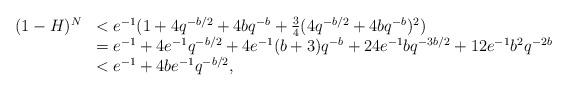
LaTeX: \begin{align*}\begin{array}{rl}(1-H)^N &< e^{-1}(1+ 4q^{-b/2} +4bq^{-b} + \frac{3}{4}(4q^{-b/2} +4bq^{-b})^2)\\&= e^{-1} + 4e^{-1} q^{-b/2} + 4e^{-1}(b+3)q^{-b} + 24e^{-1}bq^{-3b/2} + 12e^{-1}b^2 q^{-2b}\\&< e^{-1} + 4be^{-1} q^{-b/2},\end{array}\end{align*}